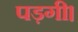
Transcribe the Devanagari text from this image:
पड़गी।